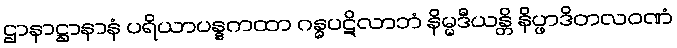
ဌာနာဋ္ဌာနာနံ ပရိယာပန္နကထာ ဂန္ဓပဋိလာဘံ နိမ္မဒီယန္တိ နိပ္ဖာဒိတလဝဏံ